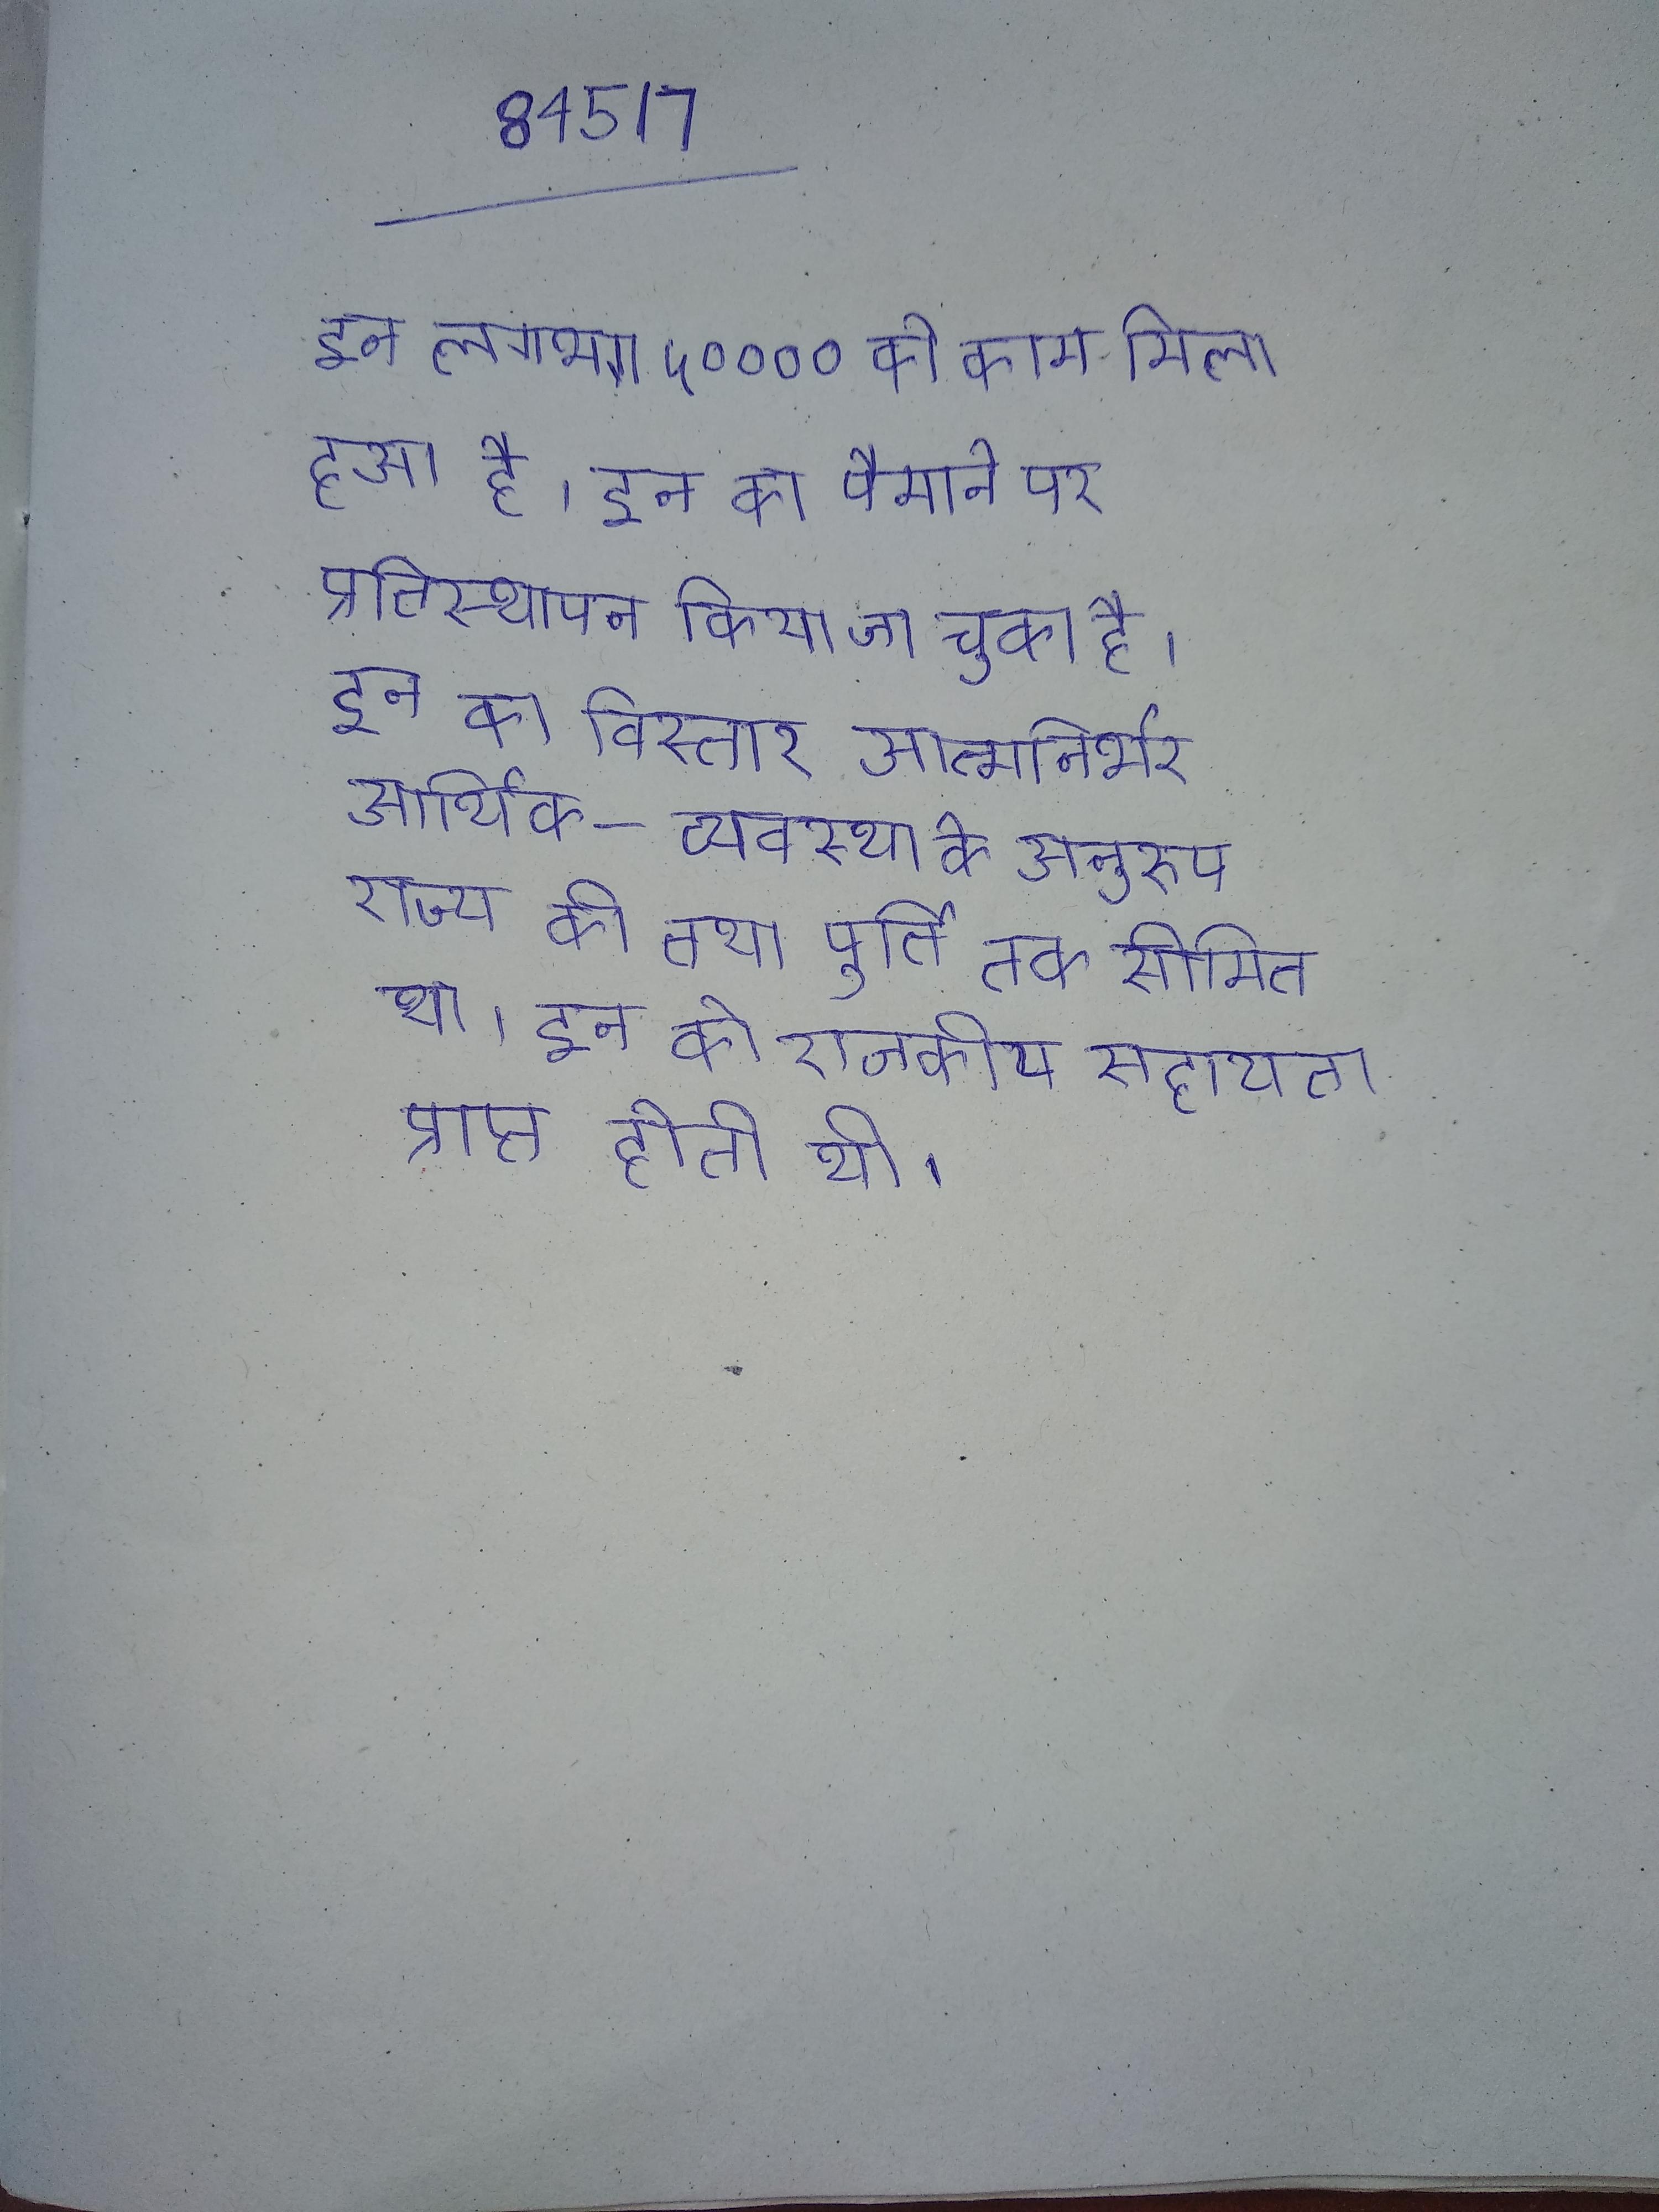
इन लगभग ५०००० को काम मिला हुआ है । इन का पैमाने पर प्रतिस्थापन किया जा चुका है । इन का विस्तार आत्मनिर्भर आर्थिक- व्यवस्था के अनुरुप राज्य की तथा पूर्ति तक सीमित था । इन को राजकीय सहायता प्राप्त होती थी ।